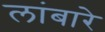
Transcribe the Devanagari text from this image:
लांबारे